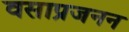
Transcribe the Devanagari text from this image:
वसाप्रजनन